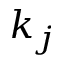
k _ { j }